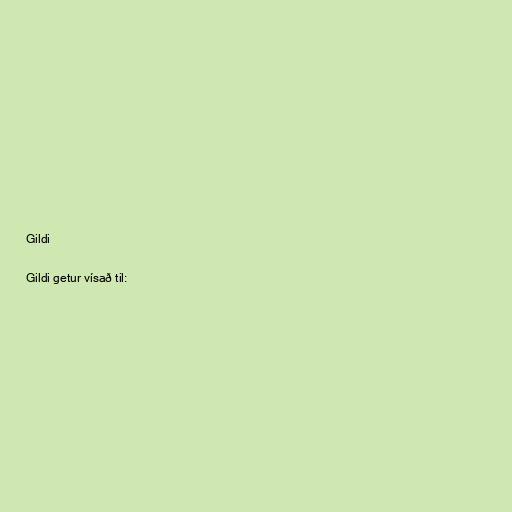
Gildi

Gildi getur vísað til: